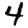
Digit: 4